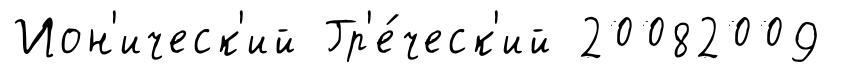
Ион'ическ'ий Гр'е́ческ'ий 20082009